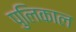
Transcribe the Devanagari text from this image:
पुलिकाल